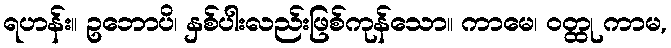
ရဟန်း။ ဥဘောပိ၊ နှစ်ပါးလည်းဖြစ်ကုန်သော။ ကာမေ၊ ဝတ္ထု ကာမ,